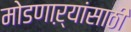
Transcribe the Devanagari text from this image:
मोडणाऱ्यांसाठी